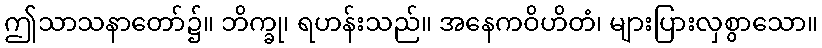
ဤသာသနာတော်၌။ ဘိက္ခု၊ ရဟန်းသည်။ အနေကဝိဟိတံ၊ များပြားလှစွာသော။